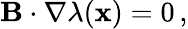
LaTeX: \begin{array}{r}{\textbf{B}\cdot\nabla\lambda(\textbf{x})=0\, ,}\end{array}